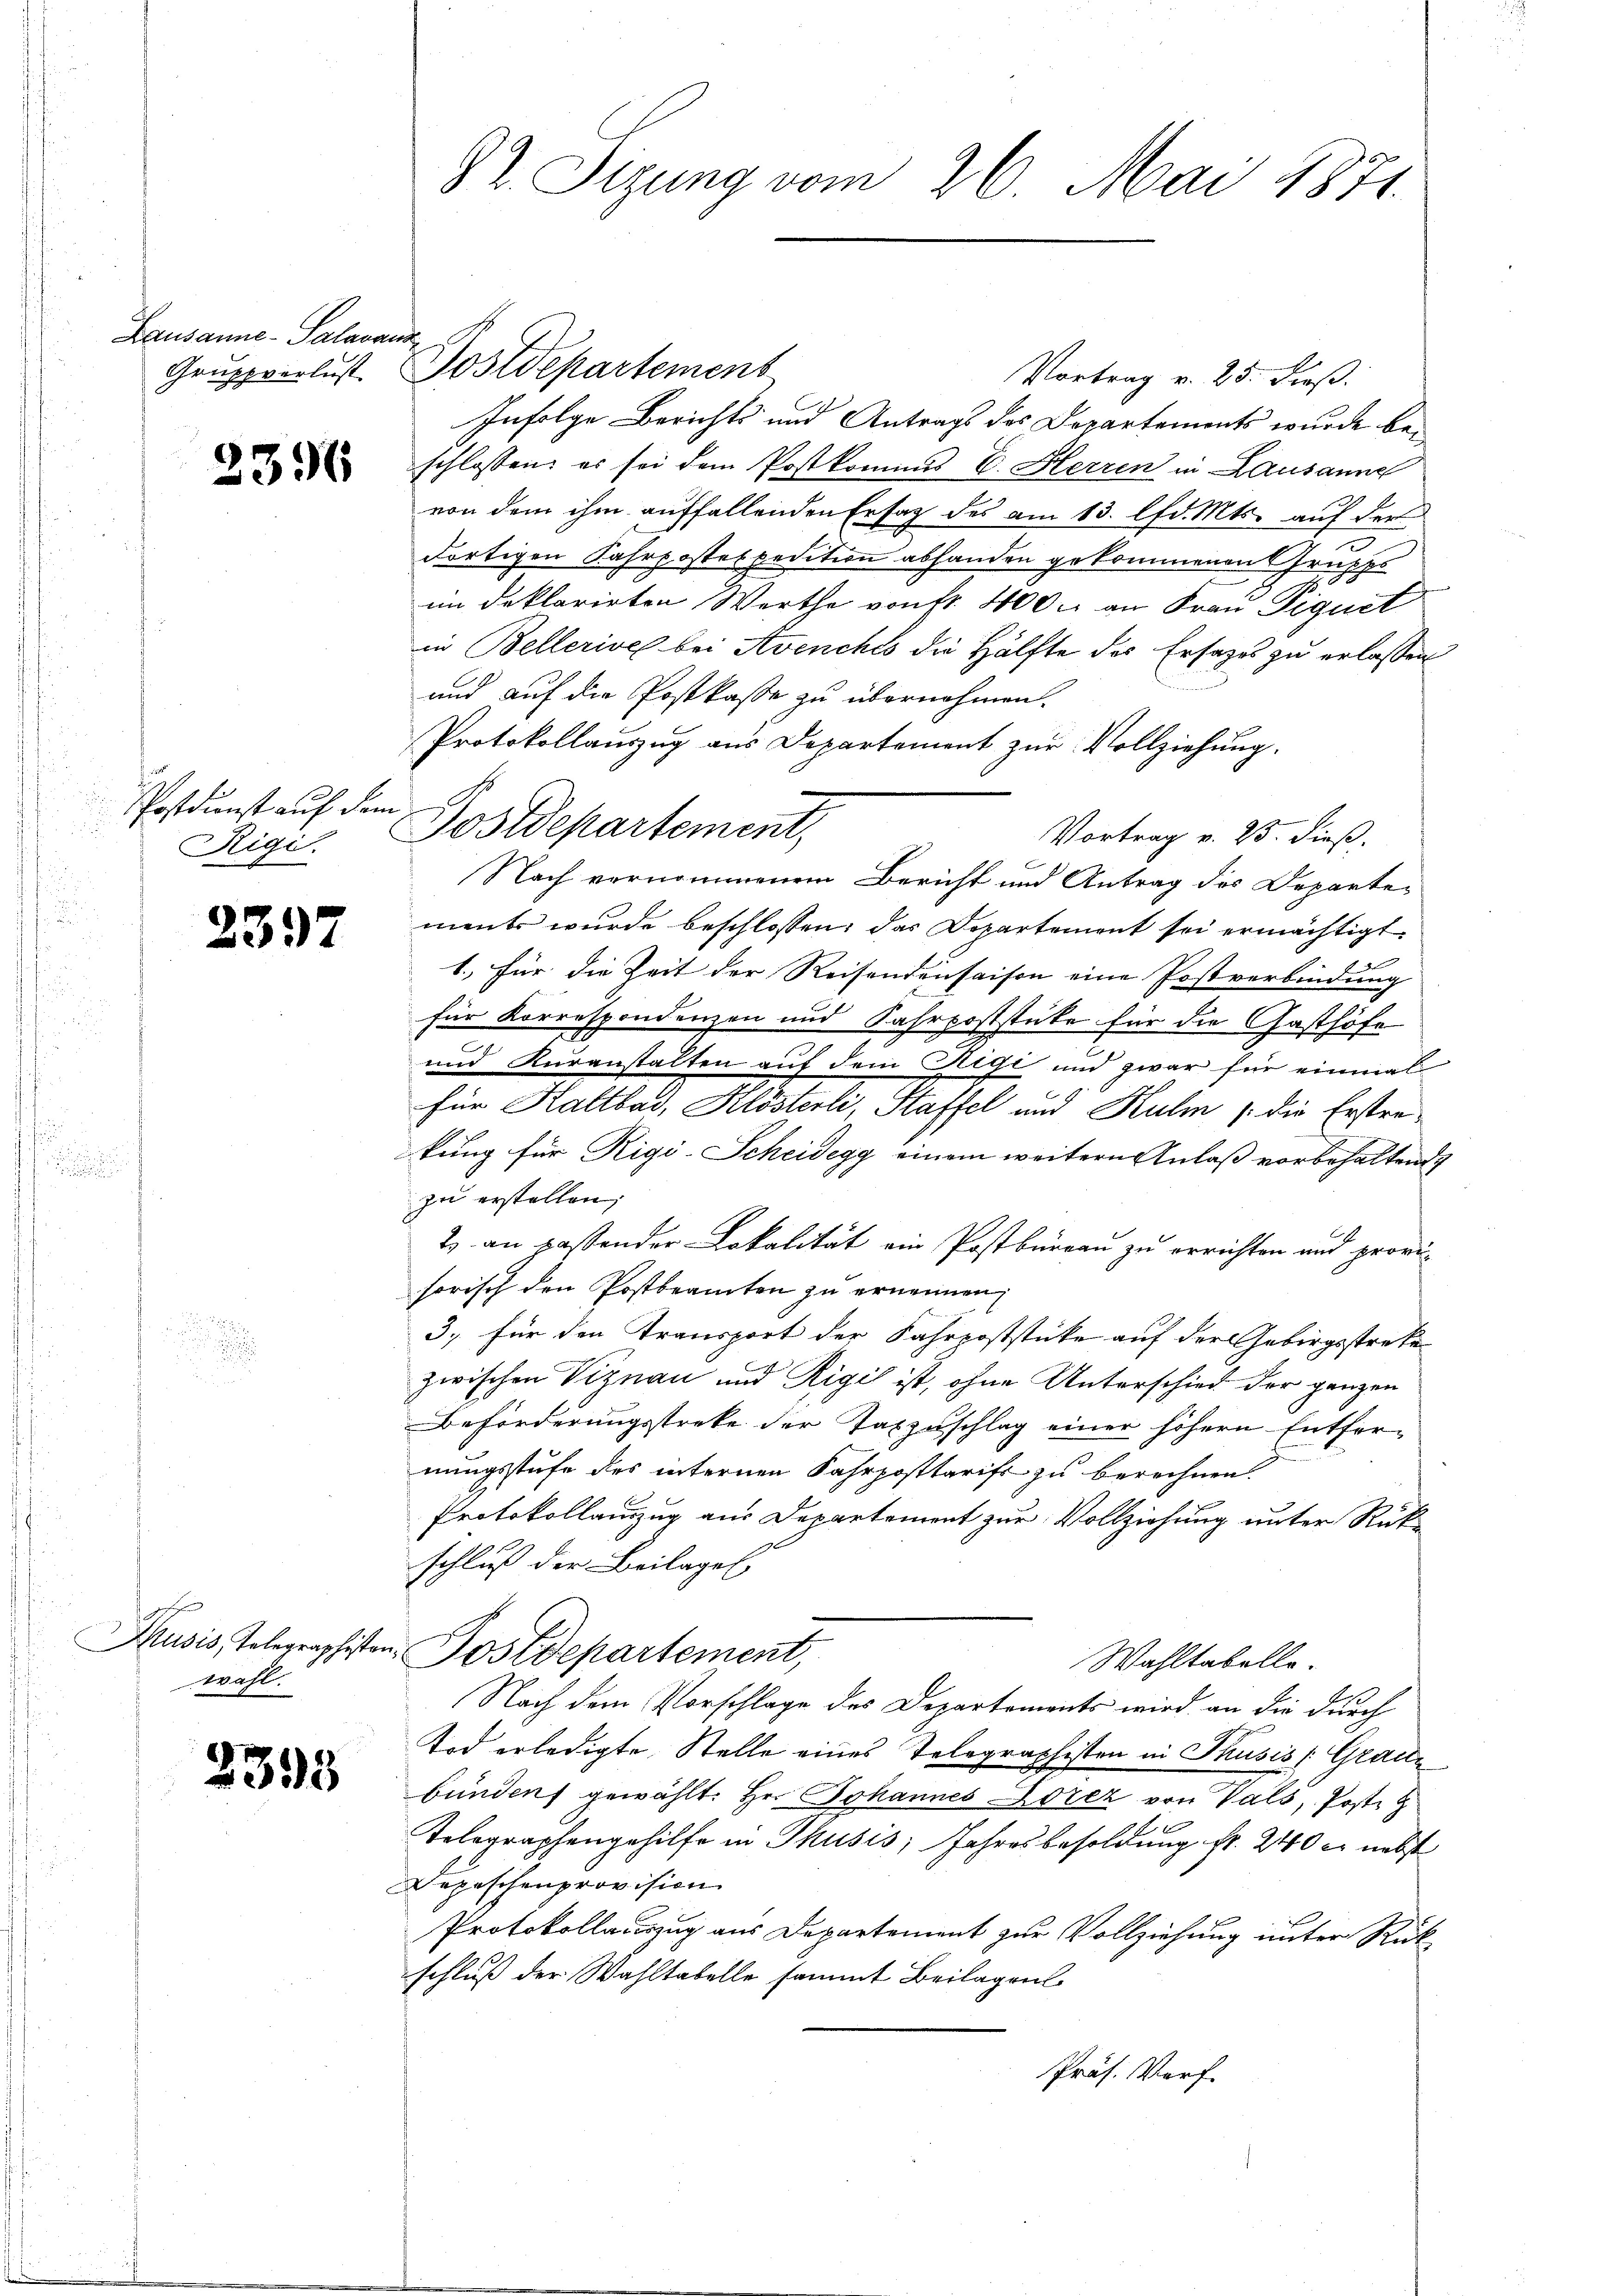
Lausanne - Salavanz
Gruppverlust

2396

Postdunst auf dem
Rigi.

2397

wahl.

2398

Postdepartement
Vortrag v. 25. Dieß.
Infolge Berichts und Antrags des Departements wurde beschlossen: es sei dem Postkomms E. Herren in Lausanne
von dem ihm auffallenden Ersatz des am 13. lfd. Mts. auf der
dortigen Fahrpostetpedition abhanden gekommenen Grupp
.
im Deklarirten Werthe von fr. 400. an Frau Gegnet
in Bellerive bei Avenches die Hälfte der Ersatzes zu erlassen
und auf die Postkasse zu übernohmen.
Protokollauszug aus Departement zŭr Vollziehung.
Vortrag v. 25. dieß.
Nach vernommenem Bericht und Antrag des Departe-
ments wurde beschlossen: das Departement sei ermächtigt.
1. für die Zeit der Reisendensaison eine Postverbindung
für Korrespondenzen und Fahrpoststüke für die Gasthöfe
und Kuranstalten auf dem Rigi und zwar für einmal
für Haltbad, Klosterli, Haffel und Ruhm / die Ersten
kung für Rigi-Scheidegg einem weitern Anlaß vorbehaltende
zu erstellen;
2) an dassender Lokalität am Postbüreau zu errichten und provisorisch den Postbranten zu ernennen;
3. für den Transport der Fahrpoststicke auf der Gebirgsstrate
zwischen Viznau und Rigil ist, ohne Unterschied der ganzen
Beförderungsstreke der Taxzeschlag einer höhern Entfernungsstufe des internen Fahrposttarift zu berechnen.
Protokollanzug aus Departement zur Vollziehung unter Rück-
schluß der Beilagen
Kusis Telegraphisten Postdepartement,
Wahltabelle.
Nach dem Vorschlage des Departements wird an die durch
Tod erledigte Stelle eines Telegraphisten in Thusis /: Graue
bunden gewählt: Hr. Johannes Lorez von Vals, Post z.
1
Tolographengehilfe in Thusis Jahresbesoldung fr. 240 er nebst
Depeschenprovision
Protokollauszug aus Departement zur Vollziehung unter Rück
schluß der Wahltabelle sammt Beilagen
Präs. Vorf

82. Sizung vom 26. Mai 1871.

Postdepartement,